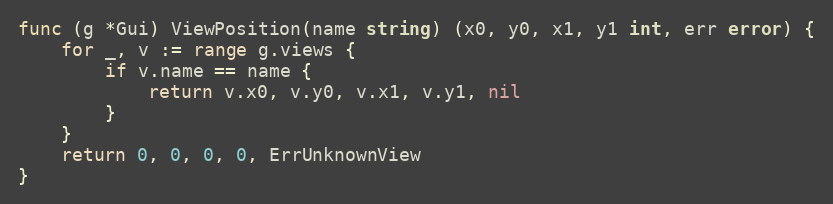
Language: Go
func (g *Gui) ViewPosition(name string) (x0, y0, x1, y1 int, err error) {
	for _, v := range g.views {
		if v.name == name {
			return v.x0, v.y0, v.x1, v.y1, nil
		}
	}
	return 0, 0, 0, 0, ErrUnknownView
}